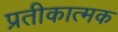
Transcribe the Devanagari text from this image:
प्रतीकात्‍मक